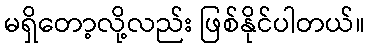
မရှိတော့လို့လည်း ဖြစ်နိုင်ပါတယ်။